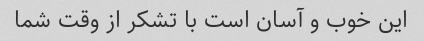
این خوب و آسان است با تشکر از وقت شما